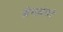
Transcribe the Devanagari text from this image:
जैनग्रंथों